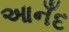
આનઁદ